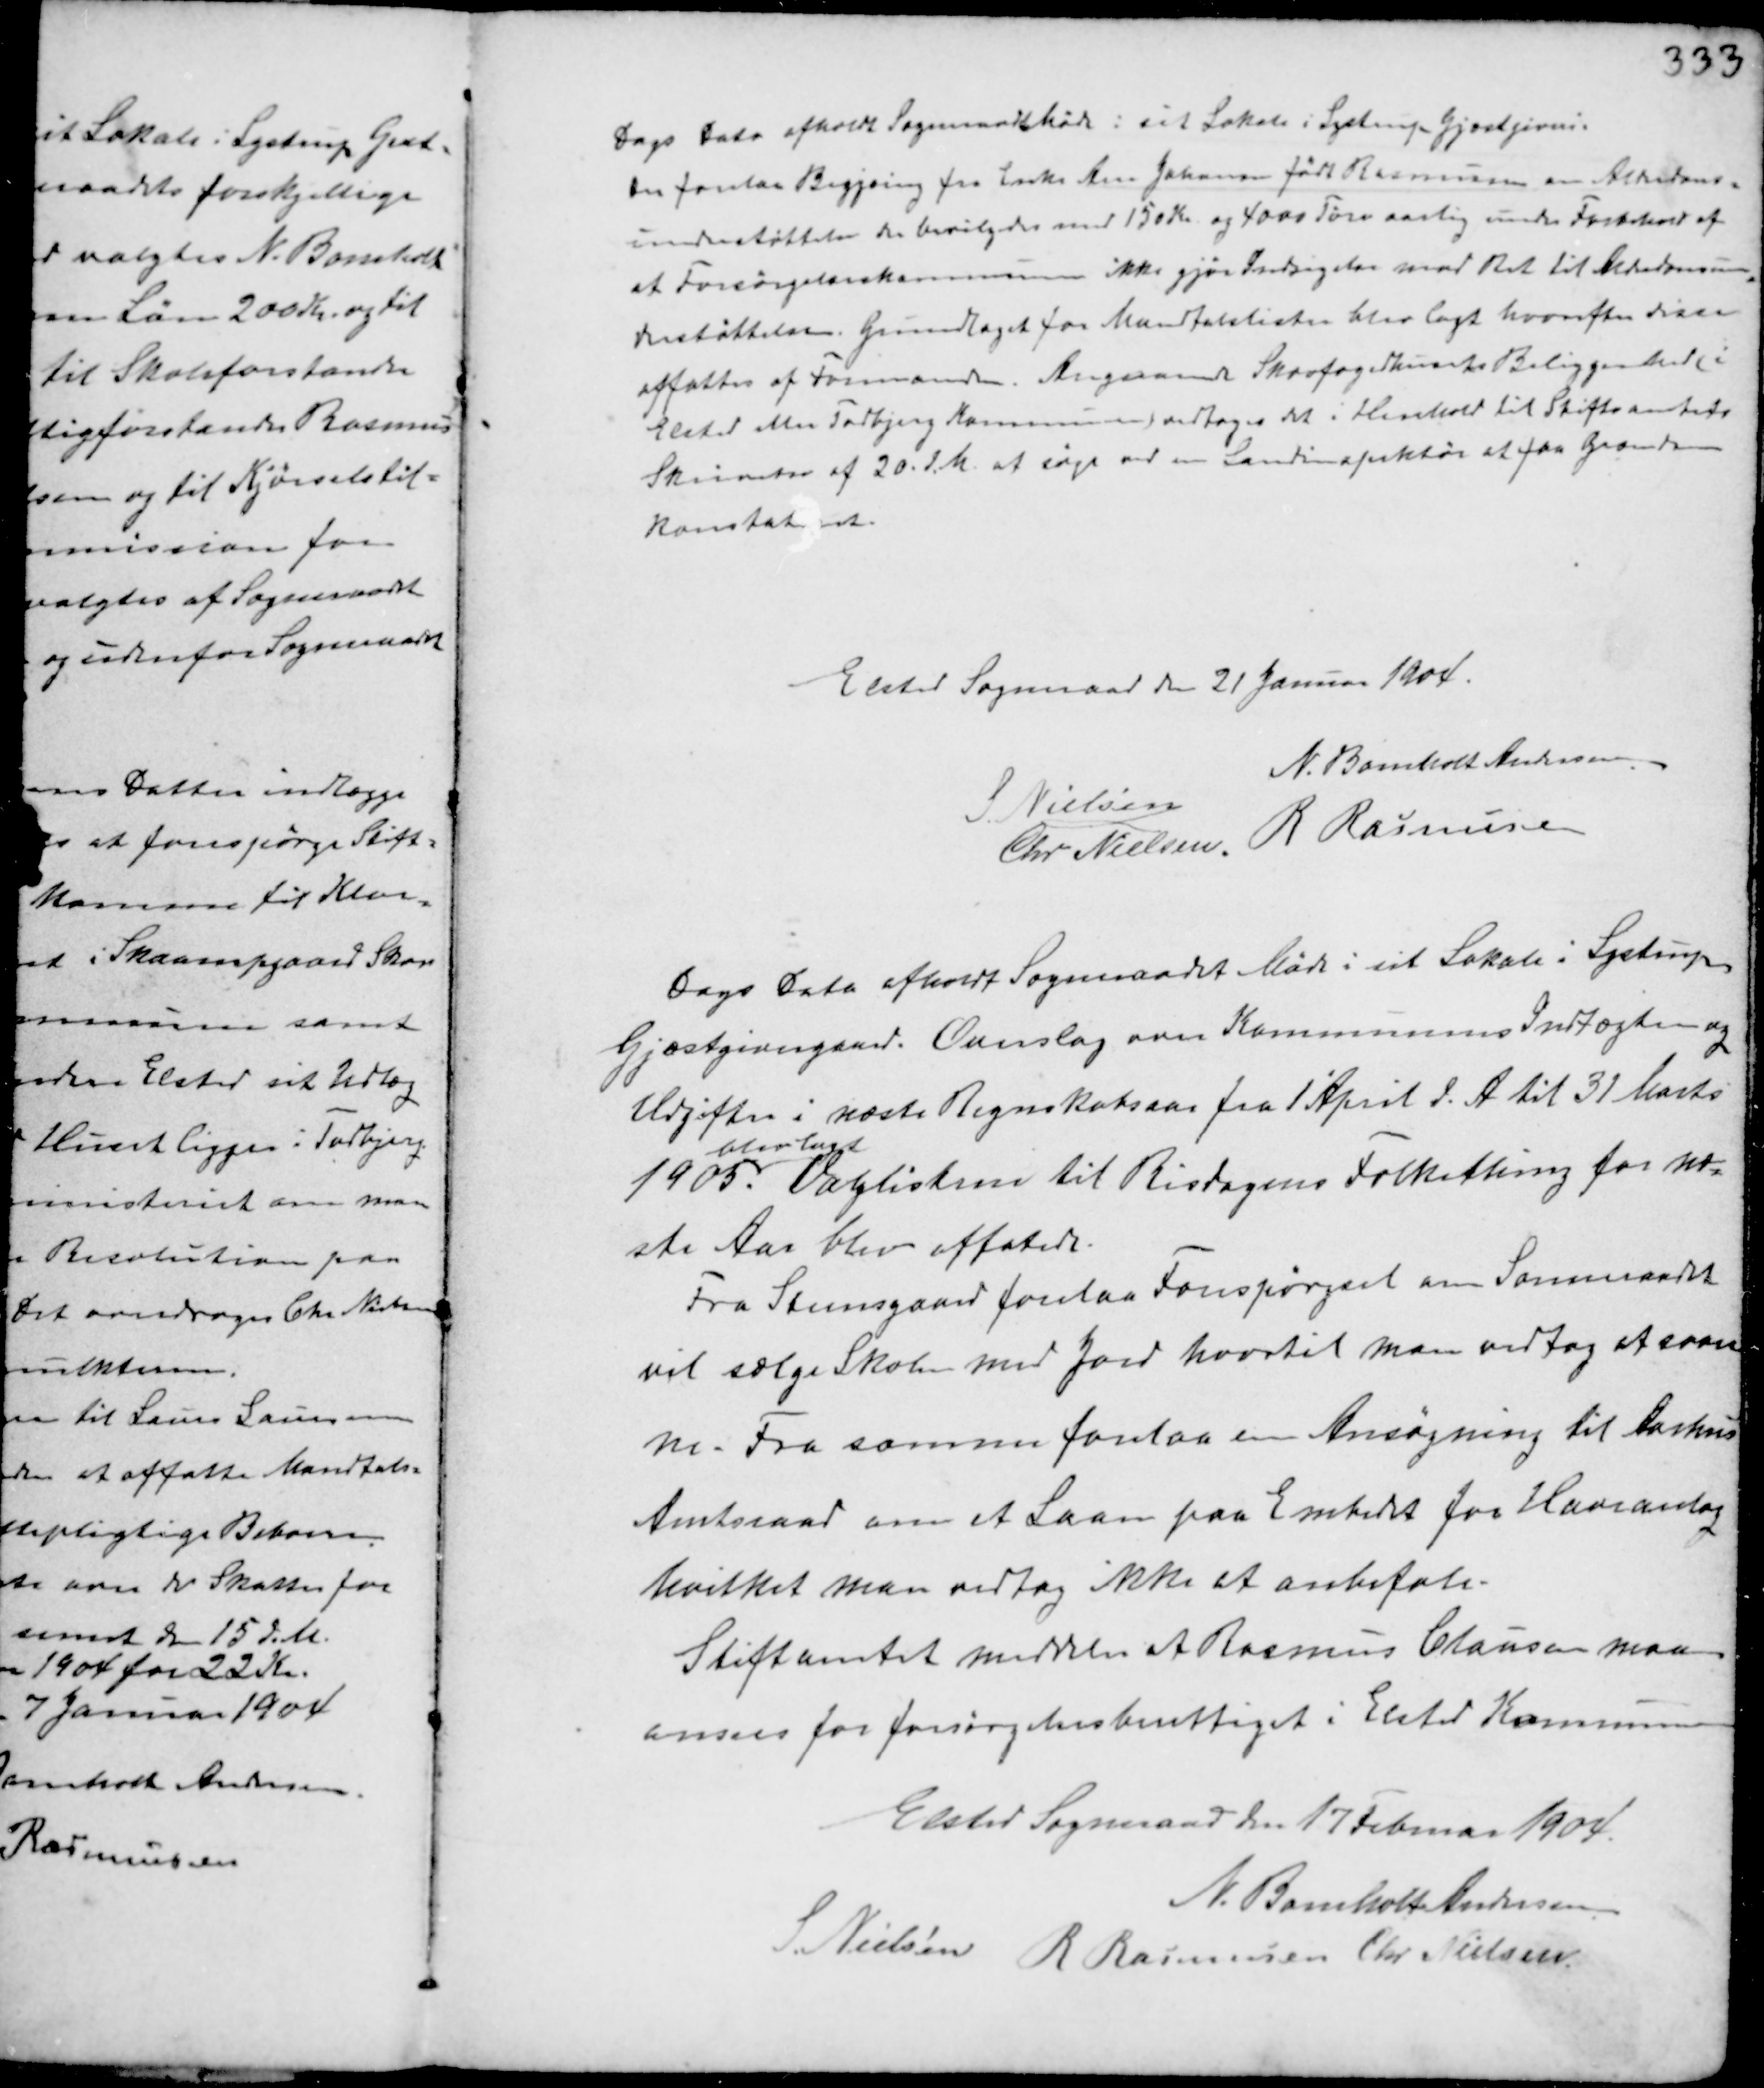
Transskription:
Dags Dato afholdt Sogneraadet Møde i sit Lokale i Lystrup Gjæstgiveri.
Der forelaa Begjæring fra Enke Ane Johansen født Rasmussen om Alderdoms-
understøttelse der bevilgedes med 150 Kr. og 4000 Tørv aarlig under Forbehold af
at Forsørgelseskommunen ikke gjør Indsigelse mod Ret til Alderdomsun-
derstøttelsen. Grundlaget for Mandtalslister blev lagt hvorefter disse
affattes af Formanden. Angaaende Skovfogedhusets Beliggenhed i
Elsted eller Todbjerg Kommune vedtoges det i Henhold til Stiftamtets
Skrivelse af 20. d.M. at søge ved en Landinspektør at faa Grænsen
konstateret.

Elsted Sogneraad den 21 Januar 1904.
N. Bomholt Andersen
S. Nielsen
Chr. Nielsen. R Rasmussen

Dags Dato afholdt Sogneraadet Møde i sit Lokale i Lystrup
Gjæstgiveri. Overslag over Kommunens Indrægter og
Udgifter i næste Regnskabsaar fra 1 April d.A til 31 Marts
1905.
blev lagt
Valglisterne til Risdagens Folkething for næ-
ste Aar blev affatede.
Fra Steensgaard forelaa Forespørgsel om Sonmraadet
vil sælge Skolen med Jord hvortil man vedtog at svare
ne. Fra samme forelaa en Ansøgning til Aarhus
Amtsraad om et Laan paa Embedet for Haveanlæg
hvilket man vedtog ikke at anbefale.
Stiftamtet meddeln at Rasmus Clausen maa
anses for forsørgelsesberettiget i Elsted Kommune

Elsted Sogneraad den 17 Februar 1904.
N. Bomholt Andersen
S. Nielsen R Rasmussen Chr. Nielsen